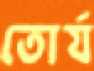
তোর্য